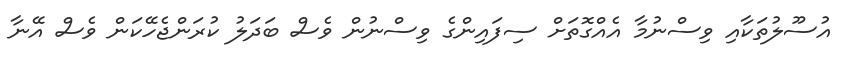
އުސޫލުތަކާއި ވިސްނުމާ އެއްގޮތަށް ސިފައިންގެ ވިސްނުން ވެސް ބަދަލު ކުރަންޖެހޭކަން ވެސް އޭނާ